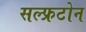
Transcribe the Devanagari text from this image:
सल्फ्रटोन